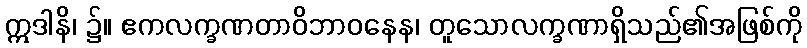
ဣဒါနိ၊ ၌။ ဧကလက္ခဏတာဝိဘာဝနေန၊ တူသောလက္ခဏာရှိသည်၏အဖြစ်ကို